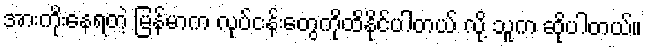
အားကိုးနေရတဲ့ မြန်မာက လုပ်ငန်းတွေကိုထိနိုင်ပါတယ် လို့ သူက ဆိုပါတယ်။